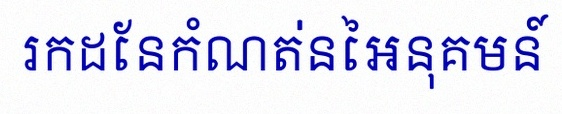
រកដែនកំណត់នៃអនុគមន៍